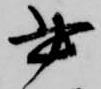
書